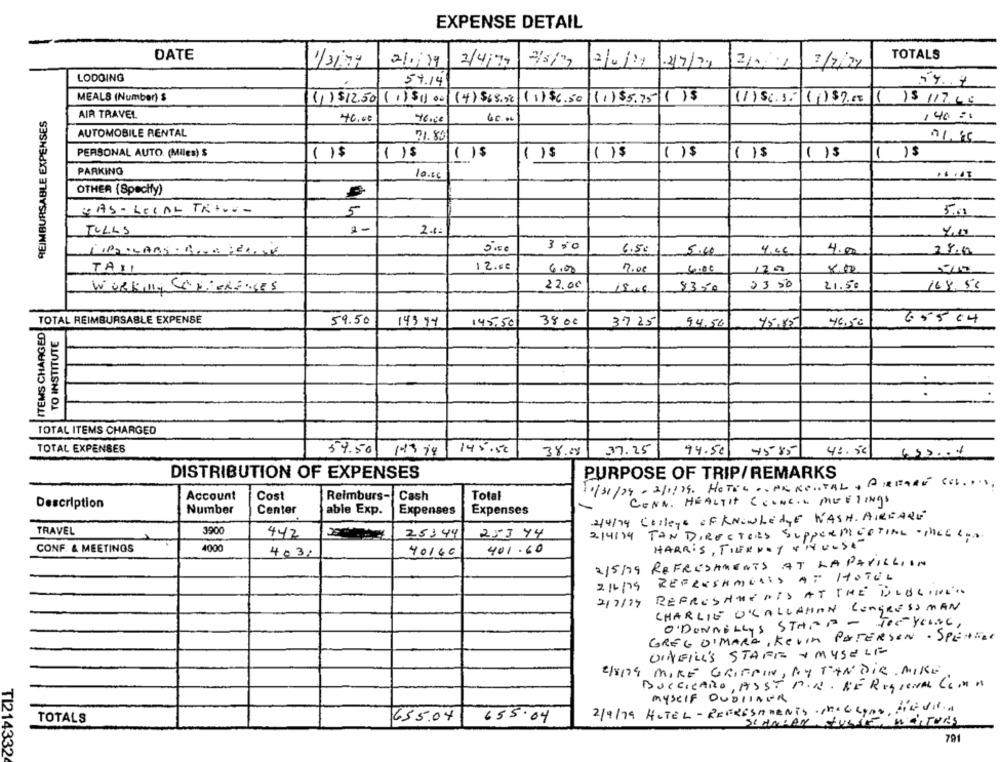
EXPENSE DETAIL
DATE
2/4/79
TOTALS
1/317
2/0/11
2/7/21
LODOING
54.14
MEALS (Number) $
(1)$12.50 (1)51) 00 (4) $68.02 (1) $6.50
(1)$5.75 |1 )$
(1)56.1. (1) $ 7.00
( )$ 117.65
REIMBURSABLE EXPENSES
AIR TRAVEL
46.00
46.00
60.00
140 =0
AUTOMOBILE RENTAL
71. 89
PERSONAL AUTO. (Miles) $
( )$
( )$
1 )$
( )$
( ) $
()$
( )$
( ) $
( 1$
PARKING
10.66
OTHER (Specify)
DAS- LEGAL TR +++-
5
5.08
1-
TULLS
2.12
4.10
LIPO:LARS: ROTA : ELISE
350
6.50
5.00
4.46
4.00
28.0
12.00
TAXI
6.00
19.00
4.00
1200
8.00
WORKing COHERENCEs
22.00
1546
$350
23 50
21.50
168,56
TOTAL REIMBURSABLE EXPENSE
59.50
37 25
ITEMS CHARGED
14394
145,50
38 00
94.56
46.50
6.55 04
TO INSTITUTE
.
TOTAL ITEMS CHARGED
TOTAL EXPENSES
59.50 143 18 145.50
38.08
37.25
94.50
4585
46.50
432.00
DISTRIBUTION OF EXPENSES
PURPOSE OF TRIP/REMARKS
10/31/29-2/1/19. HOTEL .. PERENTAL , AREARE COL. ....
Cost
Reimburs-
Cash
Total
Account
CONN . HEALTH COUNCIL MEETINGS
Description
Number
Center
able Exp.
Expenses
Expenses
-
4/4/74 College OF KNOWLEDGE WASH. AIREARE
TRAVEL
3900
442
25144
253 Y4
2/4/14 TAN DIRECTORS SupperPleATING · pheE com
CONF. & MEETINGS
4000
HARRIS, TIERNEY Y'HULSE
403:
40140
401.60
2/5/79 REFRESHMENTS AT LA PAVILLION
REFRESHMENTS AF HOTEL
2/6/79
REFRESHMENTS AT THE OLOGINCTO
2/7/14
CHARLIE D'CALLAHAN CONGRESSMAN
O'DONNELLYS STAND - JeEYLING,
GREG O'MARA, Kevin PETERSEN · SPENTer
VINEILL'S STARE + MYSELF-
2/8179 MIRE GRIFFIN, NY TAN DIR. MIKE
BUCCICARO, ASST M.N . DE REGIONAL CL. A
MYSELF DUBLINER
2/4/79 HOTEL - REFRESHMENTS ·MCG Lynn, finaVir ..
655.04
TOTALS
655.04
791
TI214332